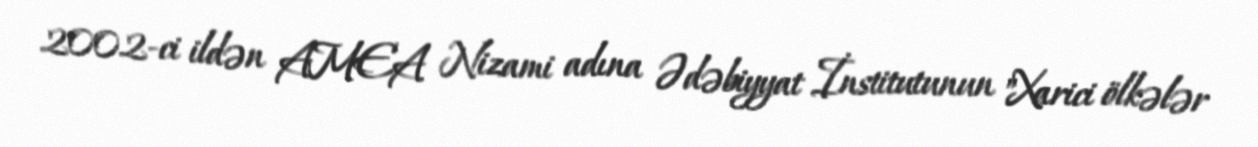
2002-ci ildən AMEA Nizami adına Ədəbiyyat İnstitutunun "Xarici ölkələr